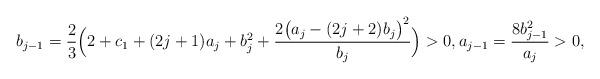
LaTeX: \begin{align*}b_{j-1}=\frac{2}{3}\Big(2+c_1+(2j+1)a_{j}+b_j^2+\frac{2\big(a_j-(2j+2)b_j\big)^2}{b_j}\Big)>0, a_{j-1}=\frac{8b_{j-1}^2}{a_{j}}>0,\end{align*}